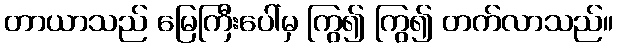
တာယာသည် မြေကြီးပေါ်မှ ကြွ၍ ကြွ၍ တက်လာသည်။